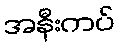
အနီးကပ်